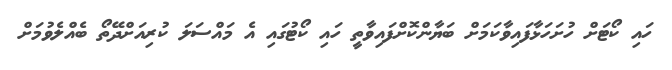
ހައި ކޯޓަށް ހުށަހަޅާފައިވާކަމަށް ބަޔާންކޮށްފައިވާތީ ހައި ކޯޓުގައި އެ މައްސަލަ ކުރިއަށްދޭތޯ ބެއްލެވުމަށް